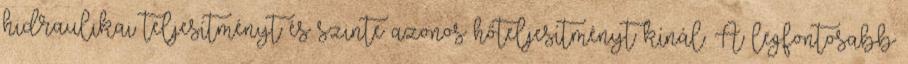
hidraulikai teljesítményt és szinte azonos hőteljesítményt kínál. A legfontosabb